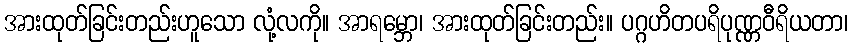
အားထုတ်ခြင်းတည်းဟူသော လုံ့လကို။ အာရမ္ဘော၊ အားထုတ်ခြင်းတည်း။ ပဂ္ဂဟိတပရိပုဏ္ဏဝီရိယတာ၊